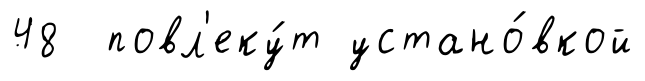
48 повл'еку́т устано́вкой